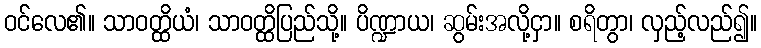
ဝင်လေ၏။ သာဝတ္ထိယံ၊ သာဝတ္ထိပြည်သို့။ ပိဏ္ဍာယ၊ ဆွမ်းအလို့ငှာ။ စရိတွာ၊ လှည့်လည်၍။